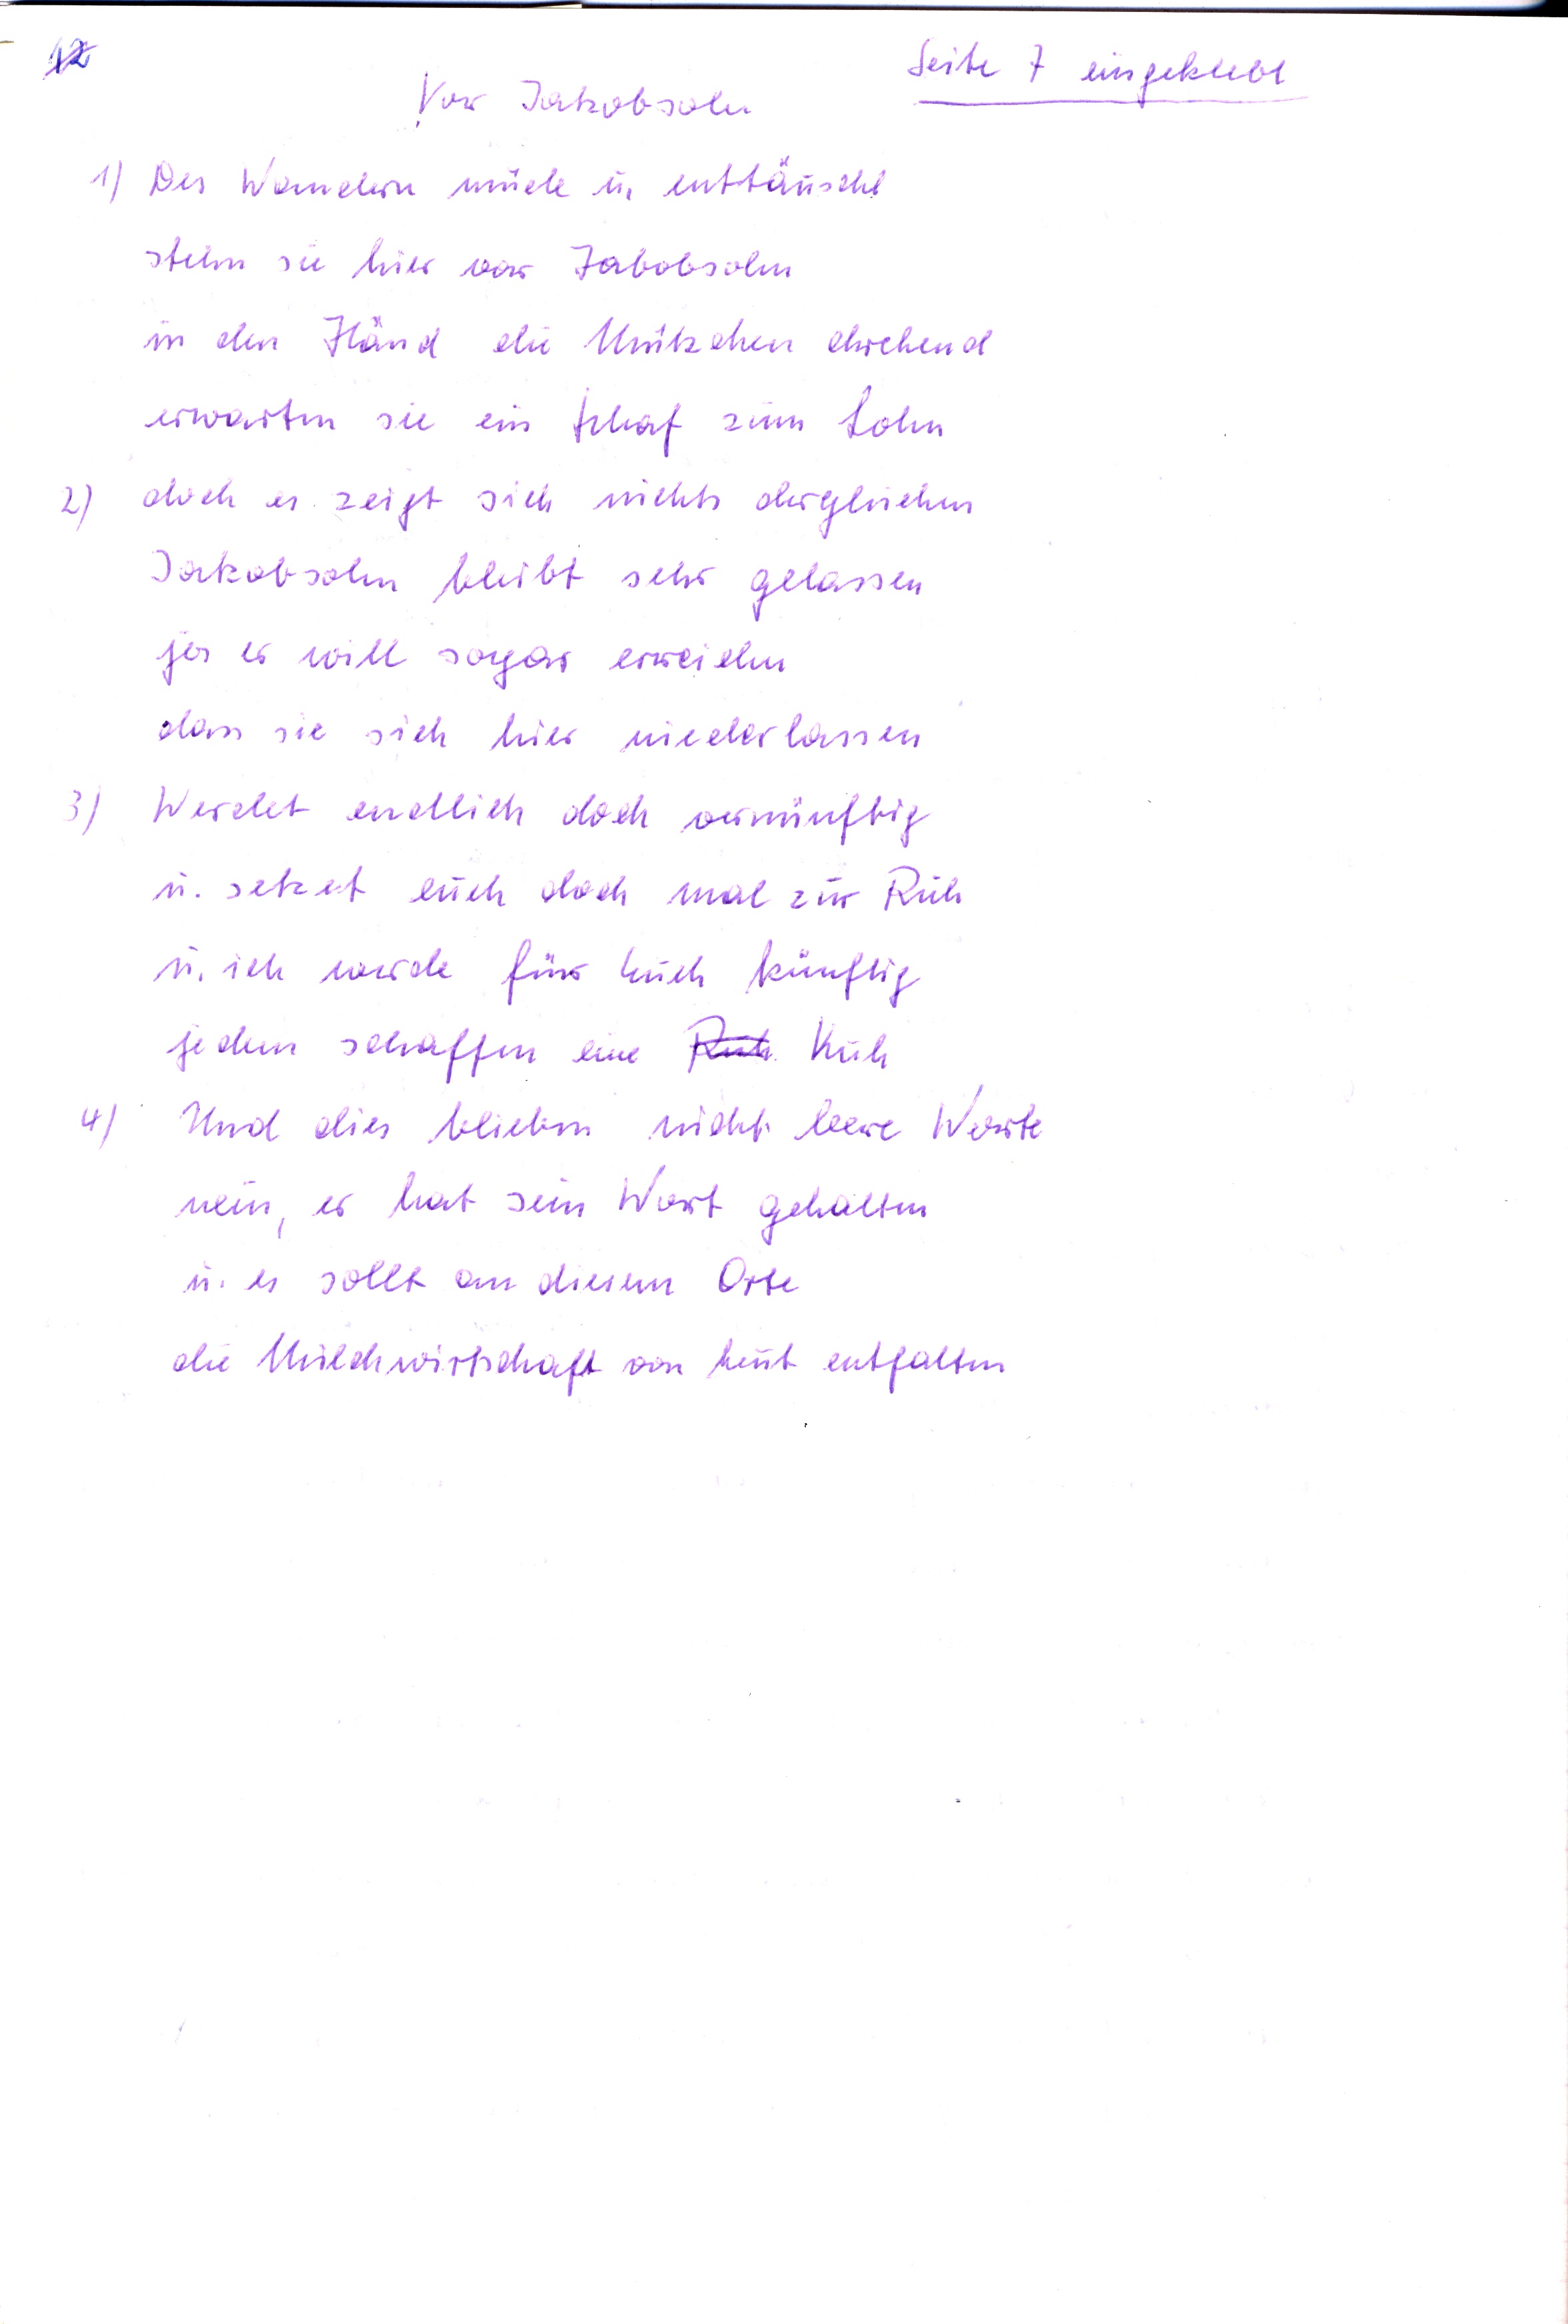
Seite 7 eingeklebt
Vor Jakobsohn
1) Des Wandern müde u. enttäuscht
stehn sie hier vor Jabobsohn
in den Händ die Mützchen drehend
erwarten sie ein Schaf zum Lohn
2) doch es zeigt sich nichts dergleichen
Jakobsohn bleibt sehr gelassen
ja er will sogar erreichen
dass sie sich hier niederlassen
3) Werdet endlich doch vernünftig
u. setzet euch doch mal zur Ruh
u. ich werde für Euch künftig
jedem schaffen eine  Ruh Kuh
4) Und dies blieben nicht leere Worte
nein, er hat sein Wort gehalten
u. es sollt an diesem Orte
die Milchwirtschaft von heut entfalten